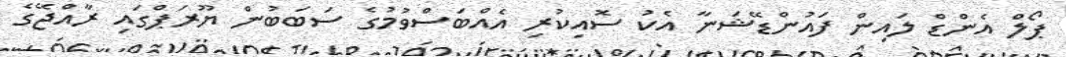
ޕޯލް އެންޑް ލައިން ފައުންޑޭޝަނާ އެކު ސޮއިކުރި އެއްބަސްވުމުގެ ސަބަބުން ޔޫރަޕްގައި ރާއްޖޭގެ